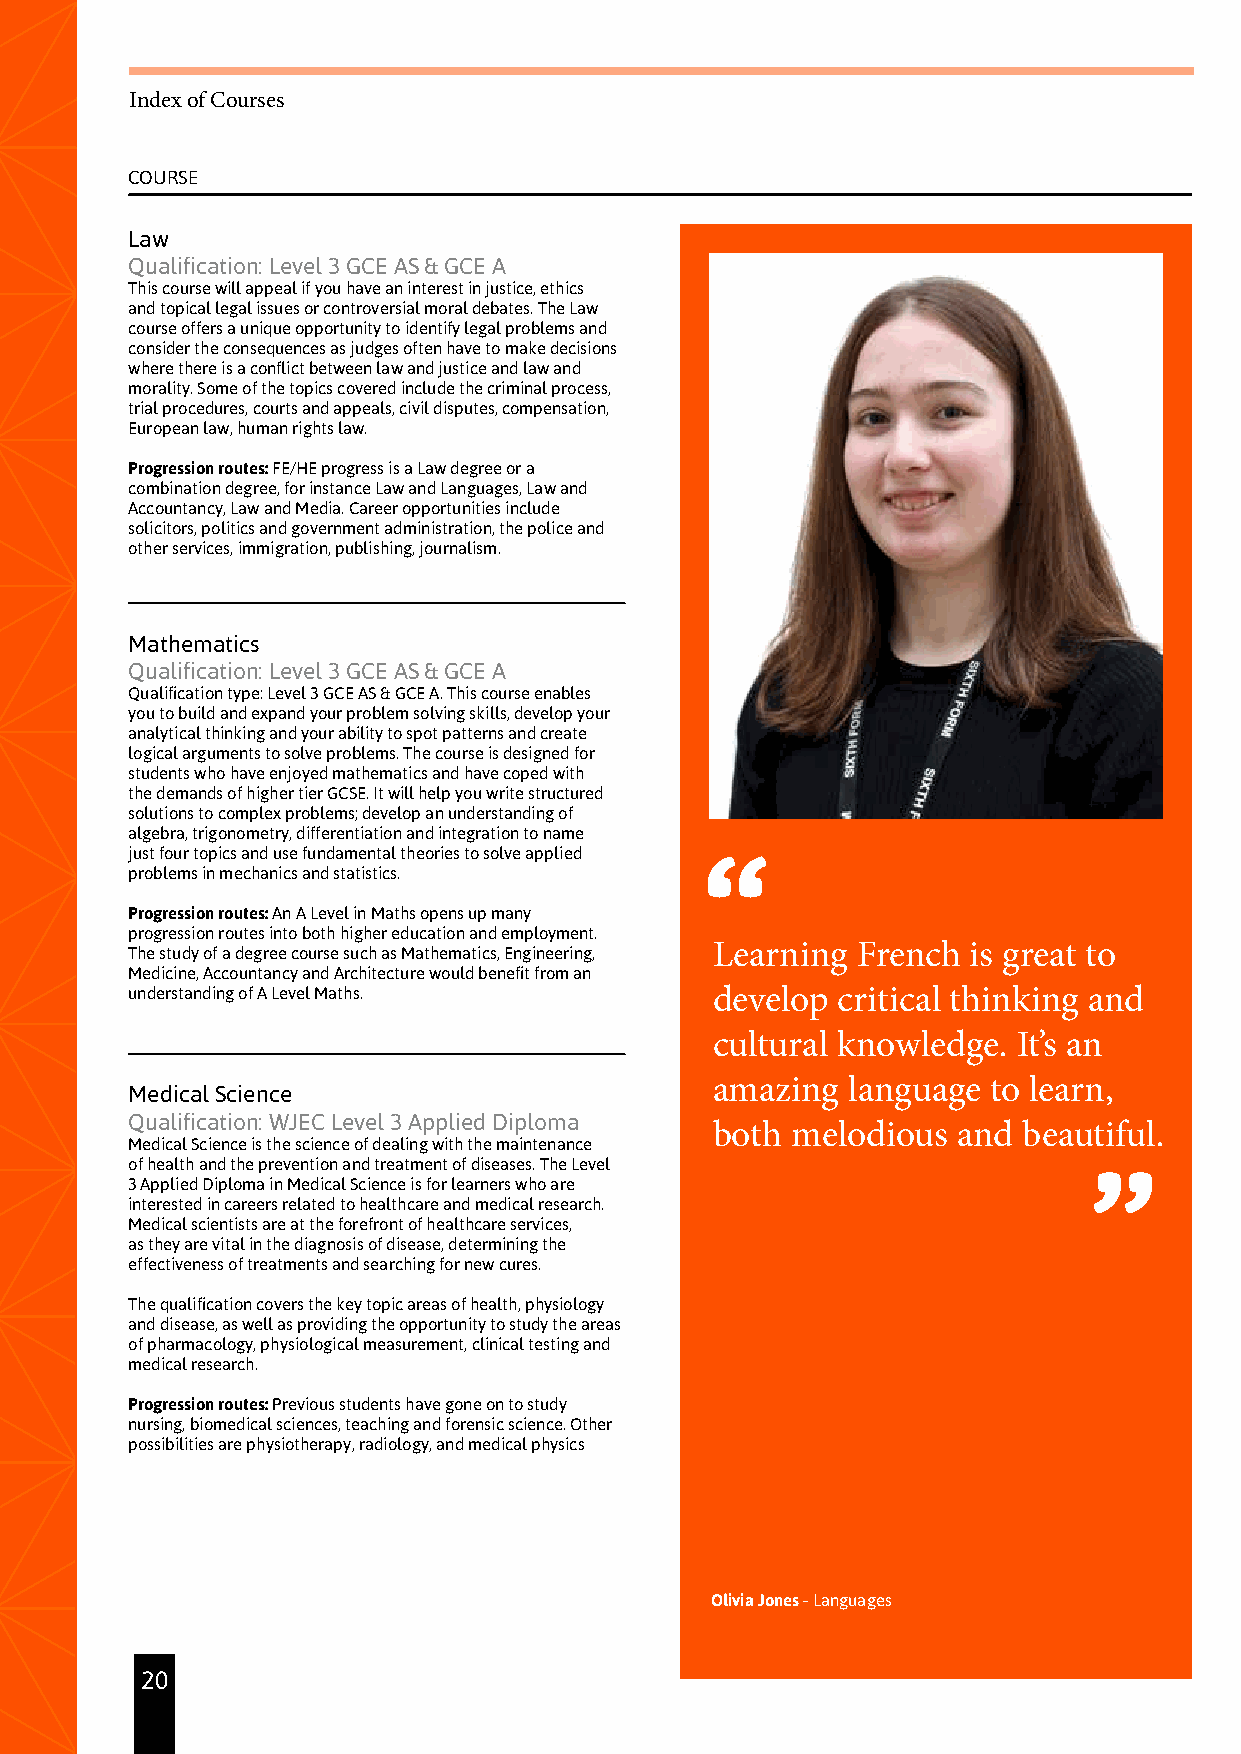
Index of Courses
 COURSE
 Law
 Qualification: Level 3 GCE AS & GCE A
 This course will appeal if you have an interest in justice, ethics
 and topical legal issues or controversial moral debates. The Law
 course offers a unique opportunity to identify legal problems and
 consider the consequences as judges often have to make decisions
 where there is a conflict between law and justice and law and
 morality. Some of the topics covered include the criminal process,
 trial procedures, courts and appeals, civil disputes, compensation,
 European law, human rights law.
 Progression routes: FE/HE progress is a Law degree or a
 combination degree, for instance Law and Languages, Law and
 Accountancy, Law and Media. Career opportunities include
 solicitors, politics and government administration, the police and
 other services, immigration, publishing, journalism.
 Mathematics
 Qualification: Level 3 GCE AS & GCE A
 Qualification type: Level 3 GCE AS & GCE A. This course enables
 you to build and expand your problem solving skills, develop your
 analytical thinking and your ability to spot patterns and create
 logical arguments to solve problems. The course is designed for
 students who have enjoyed mathematics and have coped with
 the demands of higher tier GCSE. It will help you write structured
 solutions to complex problems; develop an understanding of
 algebra, trigonometry, differentiation and integration to name
 just four topics and use fundamental theories to solve applied
 problems in mechanics and statistics.
 Progression routes: An A Level in Maths opens up many
 progression routes into both higher education and employment.
 The study of a degree course such as Mathematics, Engineering, Learning French is great to
 Medicine, Accountancy and Architecture would benefit from an
 understanding of A Level Maths.        develop critical thinking and
 cultural knowledge. It’s an
 amazing  language to learn,
 Medical Science
 Qualification: WJEC Level 3 Applied Diploma
 both melodious  and  beautiful.
 Medical Science is the science of dealing with the maintenance
 of health and the prevention and treatment of diseases. The Level
 3 Applied Diploma in Medical Science is for learners who are
 interested in careers related to healthcare and medical research.
 Medical scientists are at the forefront of healthcare services,
 as they are vital in the diagnosis of disease, determining the
 effectiveness of treatments and searching for new cures.
 The qualification covers the key topic areas of health, physiology
 and disease, as well as providing the opportunity to study the areas
 of pharmacology, physiological measurement, clinical testing and
 medical research.
 Progression routes: Previous students have gone on to study
 nursing, biomedical sciences, teaching and forensic science. Other
 possibilities are physiotherapy, radiology, and medical physics
 Olivia Jones - Languages
 20